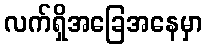
လက်ရှိအခြေအနေမှာ